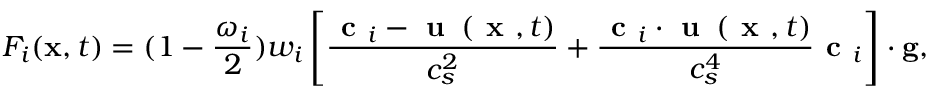
F _ { i } ( \mathbf { x } , t ) = ( 1 - \frac { \omega _ { i } } { 2 } ) w _ { i } \left[ \frac { \textbf { c } _ { i } - \textbf { u } \left( \textbf { x } , t \right) } { c _ { s } ^ { 2 } } + \frac { \textbf { c } _ { i } \cdot \textbf { u } \left( \textbf { x } , t \right) } { c _ { s } ^ { 4 } } \textbf { c } _ { i } \right] \cdot \mathbf { g } ,